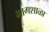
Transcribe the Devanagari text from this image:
भागशाळा